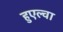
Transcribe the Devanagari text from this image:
हुएल्वा